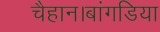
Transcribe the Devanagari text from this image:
चैहान।बांगडिया